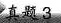
真题3